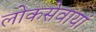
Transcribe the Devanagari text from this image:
लोकसेवायां